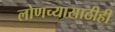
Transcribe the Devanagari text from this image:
लोणच्यासाठीही